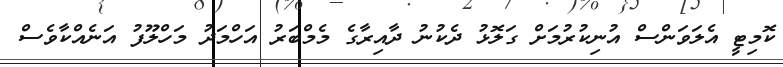
ކޮމިޓީ އެލަވަންސް އުނިކުރުމަށް ގަލޮޅު ދެކުނު ދާއިރާގެ މެމްބަރު އަހްމަދު މަހްލޫފު އަނެއްކާވެސް